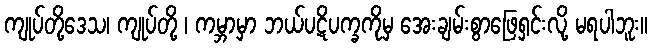
ကျုပ်တို့ဒေသ၊ ကျုပ်တို့ ၊ ကမ္ဘာမှာ ဘယ်ပဋိပက္ခကိုမှ အေးချမ်းစွာဖြေရှင်းလို့ မရပါဘူး။